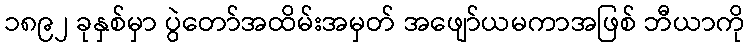
၁၈၉၂ ခုနှစ်မှာ ပွဲတော်အထိမ်းအမှတ် အဖျော်ယမကာအဖြစ် ဘီယာကို